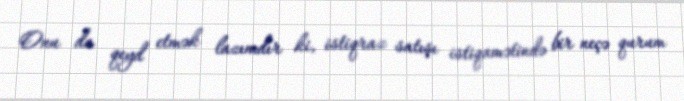
Onu da qeyd etmək lazımdır ki, istiqraz satışı istiqamətində bir neçə qurum